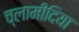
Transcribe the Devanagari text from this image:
च्‍लामीदिया